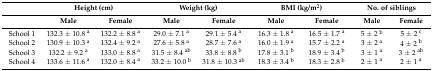
|  | <COLSPAN=2> Height (cm) | <COLSPAN=2> Weight (kg) | <COLSPAN=2> BMI (kg/m2) | <COLSPAN=2> No. of siblings |
 |  | Male | Female | Male | Female | Male | Female | Male | Female |
 | --- | --- | --- | --- | --- | --- | --- | --- | --- |
 | School 1 | 132.3 ± 10.8 a | 132.2 ± 8.8 a | 29.0 ± 7.1 a | 29.1 ± 5.4 a | 16.3 ± 1.8 a | 16.5 ± 1.7 a | 5 ± 2 b | 5 ± 2 c |
 | School 2 | 130.9 ± 10.3 a | 132.4 ± 9.2 a | 27.6 ± 5.8 a | 28.7 ± 7.6 a | 16.0 ± 1.9 a | 15.7 ± 2.2 a | 3 ± 2 a | 4 ± 2 b |
 | School 3 | 132.2 ± 9.2 a | 133.0 ± 8.8 a | 31.5 ± 8.4 ab | 33.8 ± 8.8 b | 17.8 ± 3.1 b | 18.9 ± 3.4 b | 3 ± 1 a | 3 ± 2 ab |
 | School 4 | 133.6 ± 11.6 a | 132.0 ± 8.4 a | 33.2 ± 10.0 b | 31.8 ± 10.3 ab | 18.3 ± 3.4 b | 18.3 ± 2.8 b | 2 ± 1 a | 2 ± 1 a |